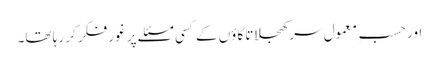
اور حسبِ معمول سر کھجلاتا گاؤں کے کسی مسئلے پر غور فکر کر رہا تھا۔